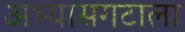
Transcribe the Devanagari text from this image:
अभ्यासगटाला